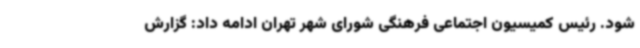
شود. رئیس کمیسیون اجتماعی فرهنگی شورای شهر تهران ادامه داد: گزارش